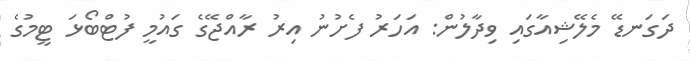
ދަގަނޑޭ މެލޭޝިއާގައި ވިދާލުން: އަހަރު ފެށުނު އިރު ރާއްޖޭގެ ގައުމީ ފުޓްބޯޅަ ޓީމުގެ